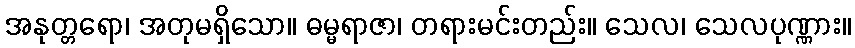
အနုတ္တရော၊ အတုမရှိသော။ ဓမ္မရာဇာ၊ တရားမင်းတည်း။ သေလ၊ သေလပုဏ္ဏား။